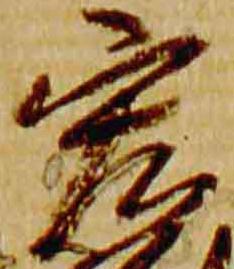
宏